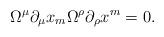
LaTeX: \begin{align*}\Omega^\mu \partial_\mu x_m \Omega^\rho \partial_\rho x^m =0.\end{align*}